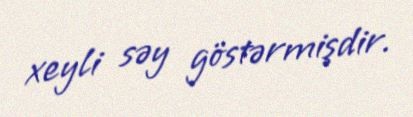
xeyli səy göstərmişdir.